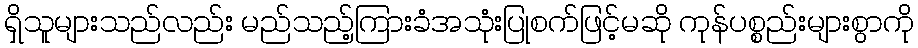
ရှိသူများသည်လည်း မည်သည့်ကြားခံအသုံးပြုစက်ဖြင့်မဆို ကုန်ပစ္စည်းများစွာကို